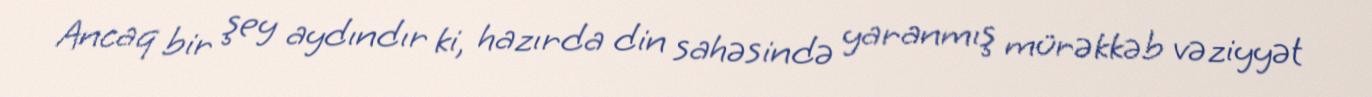
Ancaq bir şey aydındır ki, hazırda din sahəsində yaranmış mürəkkəb vəziyyət